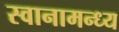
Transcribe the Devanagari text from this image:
स्वानामन्ध्य